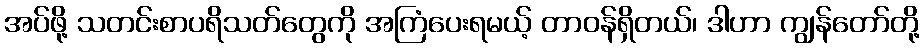
အပ်ဖို့ သတင်းစာပရိသတ်တွေကို အကြံပေးရမယ့် တာဝန်ရှိတယ်၊ ဒါဟာ ကျွန်တော်တို့